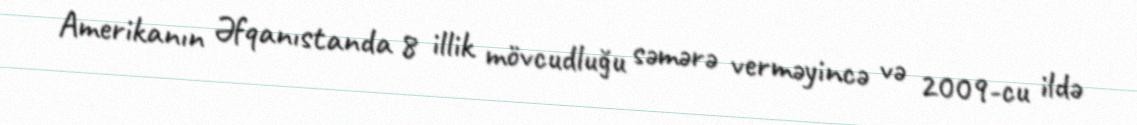
Amerikanın Əfqanıstanda 8 illik mövcudluğu səmərə verməyincə və 2009-cu ildə